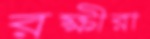
রক্ষীরা